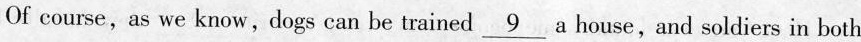
Of course, as we know,dogs can be trained \underline{9} a house,and soldiers in both